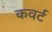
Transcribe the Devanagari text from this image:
कवर्ट